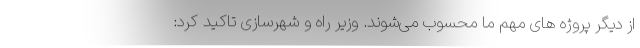
از دیگر پروژه های مهم ما محسوب می‌شوند. وزیر راه و شهرسازی تاکید کرد: